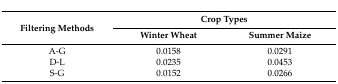
<table><thead><tr><td rowspan="2"><b>Filtering Methods</b></td><td colspan="2"><b>Crop Types</b></td></tr><tr><td><b>Winter Wheat</b></td><td><b>Summer Maize</b></td></tr></thead><tbody><tr><td>A-G</td><td>0.0158</td><td>0.0291</td></tr><tr><td>D-L</td><td>0.0235</td><td>0.0453</td></tr><tr><td>S-G</td><td>0.0152</td><td>0.0266</td></tr></tbody></table>